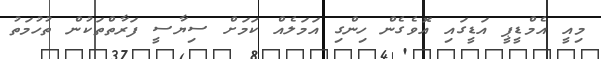
މިއީ އެމްޑީޕީ އަޑީގައި އޮވެގެން ހިންގި އަމަލެއް ކަމަށް ސިޔާސީ ފަރާތްތަކުން ތުހުމަތު